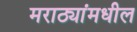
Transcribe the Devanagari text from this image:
मराठ्यांमधील